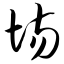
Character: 场